Reports on military cantonments and civil stations in the Presidency of Bombay inspected by the Sanitary Commissioner in the years 1875 and 1876
Year: 1875
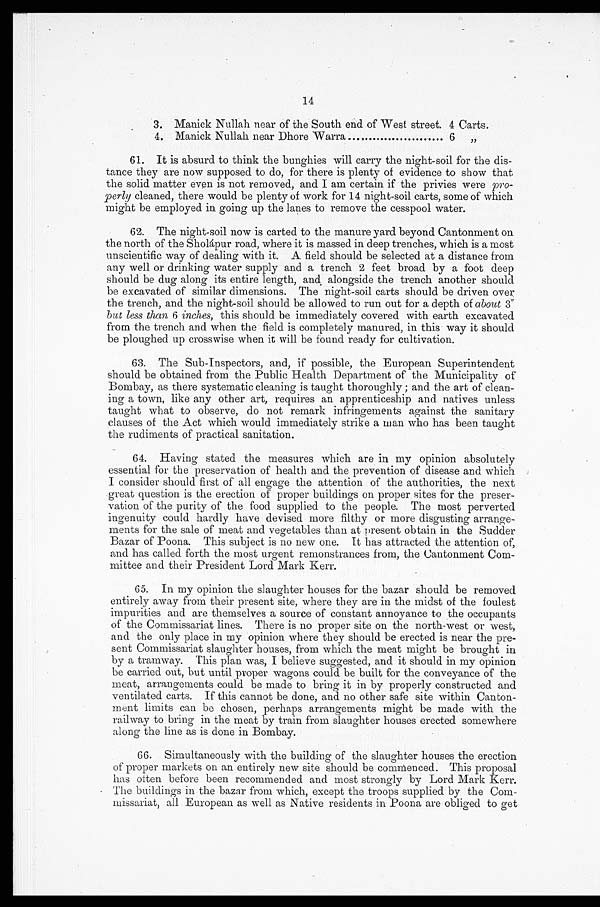
14
3. Manick Nullah near of the South end of West street. 4 Carts.
4. Manick Nullah near Dhore Warra
............
6 „
61. It is absurd to think the bunghies will carry the night-soil for the dis-
tance they are now supposed to do, for there is plenty of evidence to show that
the solid matter even is not removed, and I am certain if the privies were pro-
perly cleaned, there would be plenty of work for 14 night-soil carts, some of which
might be employed in going up the lanes to remove the cesspool water.
62. The night-soil now is carted to the manure yard beyond Cantonment on
the north of the Sholápur road, where it is massed in deep trenches, which is a most
unscientific way of dealing with it. A field should be selected at a distance from
any well or drinking water supply and a trench 2 feet broad by a foot deep
should be dug along its entire length, and alongside the trench another should
be excavated of similar dimensions. The night-soil carts should be driven over
the trench, and the night-soil should be allowed to run out for a depth of about 3"
but less than 6 inches, this should be immediately covered with earth excavated
from the trench and when the field is completely manured, in this way it should
be ploughed up crosswise when it will be found ready for cultivation.
63. The Sub-Inspectors, and, if possible, the European Superintendent
should be obtained from the Public Health Department of the Municipality of
Bombay, as there systematic cleaning is taught thoroughly ; and the art of clean-
ing a town, like any other art, requires an apprenticeship and natives unless
taught what to observe, do not remark infringements against the sanitary
clauses of the Act which would immediately strike a man who has been taught
the rudiments of practical sanitation.
64. Having stated the measures which are in my opinion absolutely
essential for the preservation of health and the prevention of disease and which
I consider should first of all engage the attention of the authorities, the next
great question is the erection of proper buildings on proper sites for the preser-
vation of the purity of the food supplied to the people. The most perverted
ingenuity could hardly have devised more filthy or more disgusting arrange-
ments for the sale of meat and vegetables than at present obtain in the Sudder
Bazar of Poona. This subject is no new one. It has attracted the attention of,
and has called forth the most urgent remonstrances from, the Cantonment Com-
mittee and their President Lord Mark Kerr.
65. In my opinion the slaughter houses for the bazar should be removed
entirely away from their present site, where they are in the midst of the foulest
impurities and are themselves a source of constant annoyance to the occupants
of the Commissariat lines. There is no proper site on the north-west or west,
and the only place in my opinion where they should be erected is near the pre-
sent Commissariat slaughter houses, from which the meat might be brought in
by a tramway. This plan was, I believe suggested, and it should in my opinion
be carried out, but until proper wagons could be built for the conveyance of the
meat, arrangements could be made to bring it in by properly constructed and
ventilated carts. If this cannot be done, and no other safe site within Canton-
ment limits can be chosen, perhaps arrangements might be made with the
railway to bring in the meat by train from slaughter houses erected somewhere
along the line as is done in Bombay.
66. Simultaneously with the building of the slaughter houses the erection
of proper markets on an entirely new site should be commenced. This proposal
has often before been recommended and most strongly by Lord Mark Kerr.
The buildings in the bazar from which, except the troops supplied by the Com-
missariat, all European as well as Native residents in Poona are obliged to get